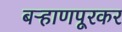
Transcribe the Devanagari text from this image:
बऱ्हाणपूरकर